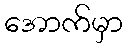
အောက်မှာ